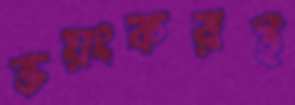
ভয়ংকরই